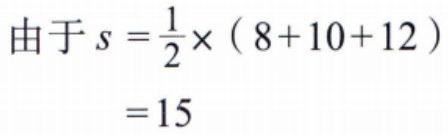
\[

\begin{align*}

由于s&=\frac{1}{2}\times(8 + 10 + 12)\\

&= 15

\end{align*}

\]